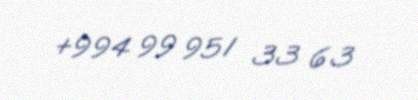
+994 99 951 33 63